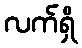
လက်ရှိ